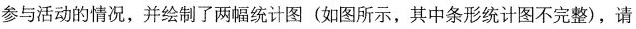
参与活动的情况，并绘制了两幅统计图(如图所示，其中条形统计图不完整)，请